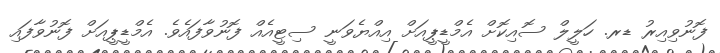
ފޮނުވިއިރު ޑރ. ހަލީލް ސޮއިކޮށް އެމްޑީޕީއަށް އިއްޔެވަނީ ސިޓީއެއް ފޮނުވާފައެވެ. އެމްޑީޕީއަށް ފޮނުވާފައި